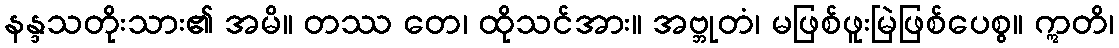
နန္ဒသတိုးသား၏ အမိ။ တဿ တေ၊ ထိုသင်အား။ အဗ္ဘုတံ၊ မဖြစ်ဖူးမြဲဖြစ်ပေစွ။ ဣတိ၊